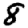
Digit: 8